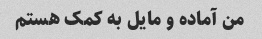
من آماده و مایل به کمک هستم